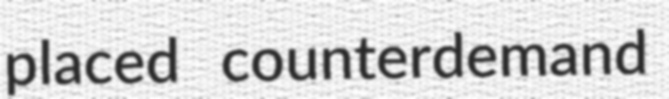
placed counterdemand